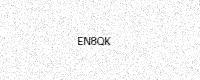
Text: EN8QK